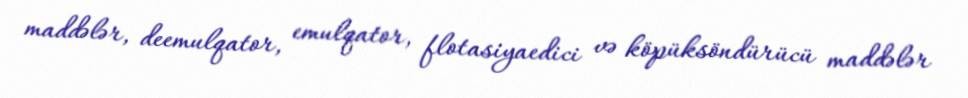
maddələr, deemulqator, emulqator, flotasiyaedici və köpüksöndürücü maddələr